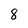
Character: 8